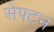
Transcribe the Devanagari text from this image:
सेफ्टन